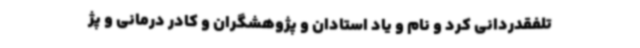
تلفقدردانی کرد و نام و یاد استادان و پژوهشگران و کادر درمانی و پژ